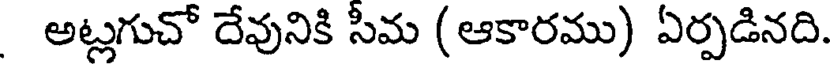
అట్లగుచో దేవునికి సీమ (ఆకారము) ఏర్పడినది.